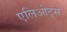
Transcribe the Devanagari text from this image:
एलिओट्स